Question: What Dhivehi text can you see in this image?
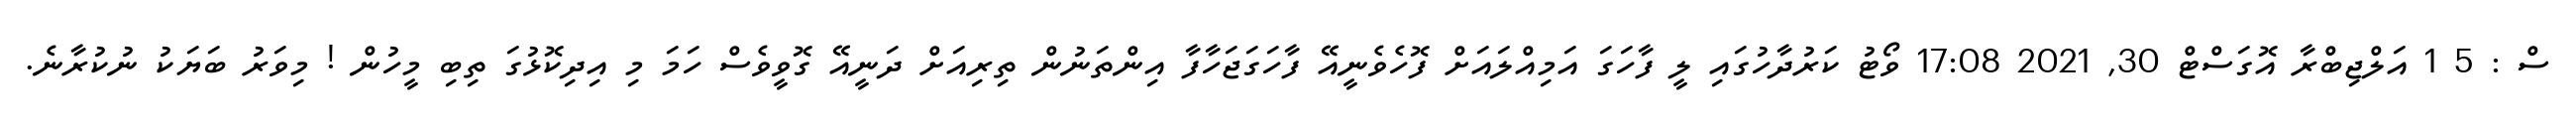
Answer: ސް : 5 1 އަލްޖިބްރާ އޮގަސްޓް 30, 2021 17:08 ވޯޓު ކަރުދާހުގައި ލީ ފާހަގަ އަމިއްލައަށް ފޮހެވެނީއޭ ފާހަގަޖަހާފާ އިންތަނުން ތިރިއަށް ދަނީއޭ ގޮވީވެސް ހަމަ މި އިދިކޮޅުގަ ތިބި މީހުން ! މިވަރު ބަޔަކު ނުކުރާނެ.